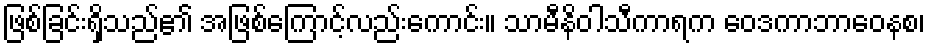
ဖြစ်ခြင်းရှိသည်၏ အဖြစ်ကြောင့်လည်းကောင်း။ သာမီနိဝါသီကာရက ဝေဒကာဘာဝေနစ၊